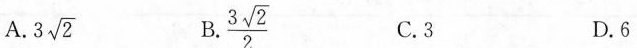
A. 3\sqrt{2} B. \frac{3 \sqrt{2}}{2} C.3 D.6